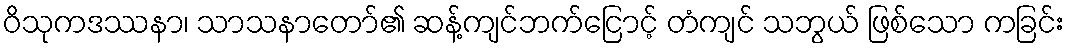
ဝိသုကဒဿနာ၊ သာသနာတော်၏ ဆန့်ကျင်ဘက်ငြောင့် တံကျင် သဘွယ် ဖြစ်သော ကခြင်း